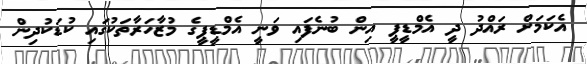
އެކަމަށް ރައްދު ދީ އެމްޑީޕީ އިން ބުނެފައި ވަނީ އެމްޑީޕީގެ މުޒާހަރާތަކުގައި ކުޑަކުދިން